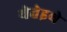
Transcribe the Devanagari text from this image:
येतेइथे